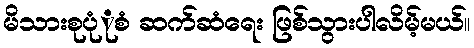
မိသားစုပုံုစံ ဆက်ဆံရေး ဖြစ်သွားပါလိမ့်မယ်။